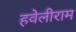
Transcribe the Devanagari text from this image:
हवेलीराम